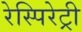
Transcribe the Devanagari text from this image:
रेस्पिरेट्री